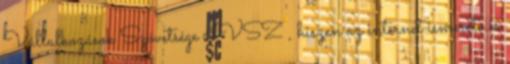
Vállalkozások Szövetsége IVSZ , hiszen az internet ismerete és